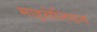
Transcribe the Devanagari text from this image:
माइसेनियन